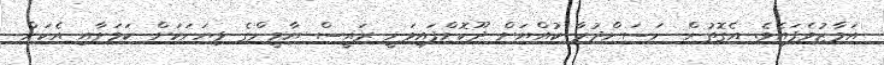
އަމާޒުވެފައެވެ. އެގޮތުން ނަސަންދުރާ ކުއްޔަށް ދޫކޮށްފައިވަނީ ރައީސް ޔާމީންގެ ޅިޔަނަކަށް ކަމަށާއި އެކަން